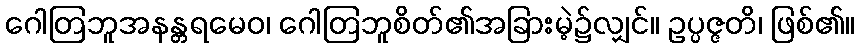
ဂေါတြဘူအနန္တရမေဝ၊ ဂေါတြဘူစိတ်၏အခြားမဲ့၌လျှင်။ ဥပ္ပဇ္ဇတိ၊ ဖြစ်၏။